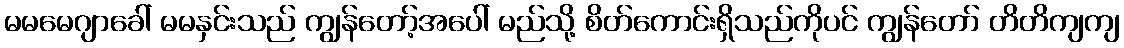
မမမေဂျာခေါ် မမနှင်းသည် ကျွန်တော့်အပေါ် မည်သို့ စိတ်ကောင်းရှိသည်ကိုပင် ကျွန်တော် တိတိကျကျ